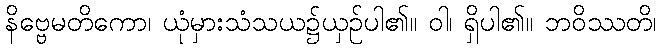
နိဗ္ဗေမတိကော၊ ယုံမှားသံသယ၌ယှဉ်ပါ၏။ ဝါ၊ ရှိပါ၏။ ဘဝိဿတိ၊